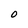
Character: O